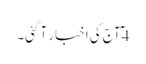
4 ٓآج کی اخبار آ گئی۔